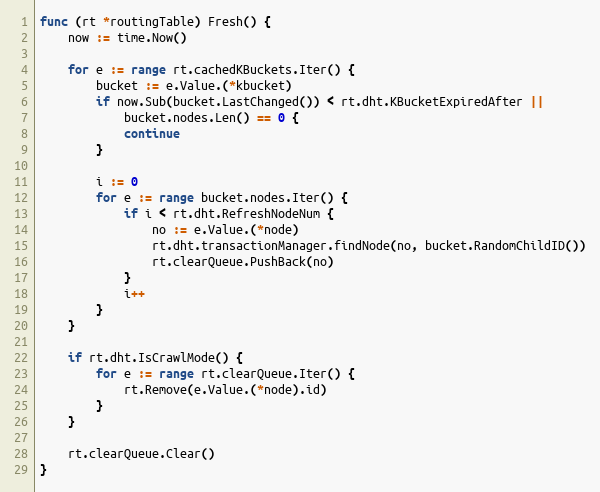
Language: Go
func (rt *routingTable) Fresh() {
	now := time.Now()

	for e := range rt.cachedKBuckets.Iter() {
		bucket := e.Value.(*kbucket)
		if now.Sub(bucket.LastChanged()) < rt.dht.KBucketExpiredAfter ||
			bucket.nodes.Len() == 0 {
			continue
		}

		i := 0
		for e := range bucket.nodes.Iter() {
			if i < rt.dht.RefreshNodeNum {
				no := e.Value.(*node)
				rt.dht.transactionManager.findNode(no, bucket.RandomChildID())
				rt.clearQueue.PushBack(no)
			}
			i++
		}
	}

	if rt.dht.IsCrawlMode() {
		for e := range rt.clearQueue.Iter() {
			rt.Remove(e.Value.(*node).id)
		}
	}

	rt.clearQueue.Clear()
}